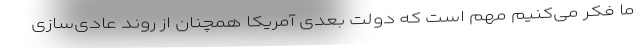
ما فکر می‌کنیم مهم است که دولت بعدی آمریکا همچنان از روند عادی‌سازی